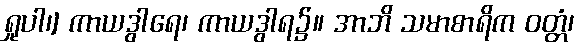
ရှုပါ၊] ကာယဒွါရေ၊ ကာယဒွါရ၌။ အာဘိ သမာစာရိက ဝတ္တံ၊